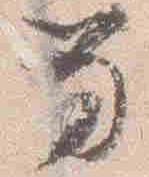
笏